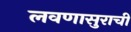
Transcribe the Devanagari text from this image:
लवणासुराची